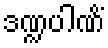
ဒဏ္ဍပါဏိံ